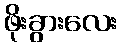
ဖိုးခွားလေး